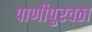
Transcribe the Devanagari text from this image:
पाणीपुरवठा